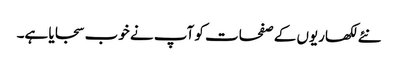
نئے لکھاریوں کے صفحات کو آپ نے خوب سجایا ہے۔